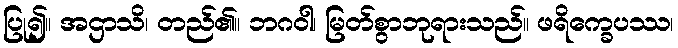
ပြု၍။ အဌာသိ၊ တည်၏။ ဘဂဝါ၊ မြတ်စွာဘုရားသည်။ ဖရိက္ခေပဿ၊